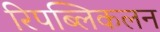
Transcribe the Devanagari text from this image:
रिपब्लिकलन